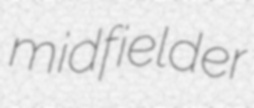
midfielder